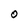
Character: O